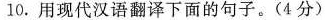
10.用现代汉语翻译下面的句子。(4分)